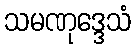
သမဏုဒ္ဒေသံ